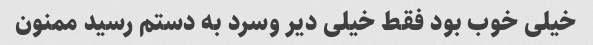
خیلی خوب بود فقط خیلی دیر وسرد به دستم رسید ممنون